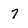
Character: 7